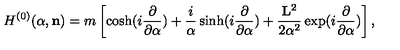
H ^ { ( 0 ) } ( { \alpha } , { \bf n } ) = m \left[ \cosh ( i \frac { \partial } { { \partial } { \alpha } } ) + \frac { i } { { \alpha } } \sinh ( i \frac { \partial } { { \partial } { \alpha } } ) + \frac { { \bf L } ^ { 2 } } { 2 { \alpha } ^ { 2 } } \exp ( i \frac { \partial } { { \partial } { \alpha } } ) \right] ,